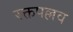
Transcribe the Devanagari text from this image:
रक्तपल्लव